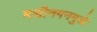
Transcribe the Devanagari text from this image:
मशीनगनमुळे